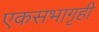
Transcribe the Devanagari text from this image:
एकसभागृही